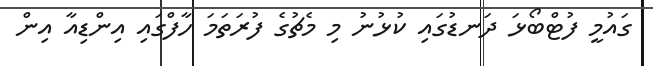
ގައުމީ ފުޓްބޯޅަ ދަނޑުގައި ކުޅުނު މި މެޗުގެ ފުރަތަމަ ހާފްގައި އިންޑިއާ އިން